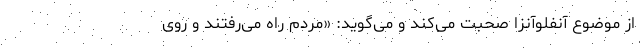
از موضوع آنفلوآنزا صحبت می‌کند و می‌گوید: «مردم راه می‌رفتند و روی